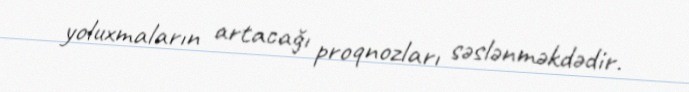
yoluxmaların artacağı proqnozları səslənməkdədir.